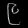
Digit: ၉